Vaccine operations Central Provinces 1886-1899 - 1886-1899
Year: 1886
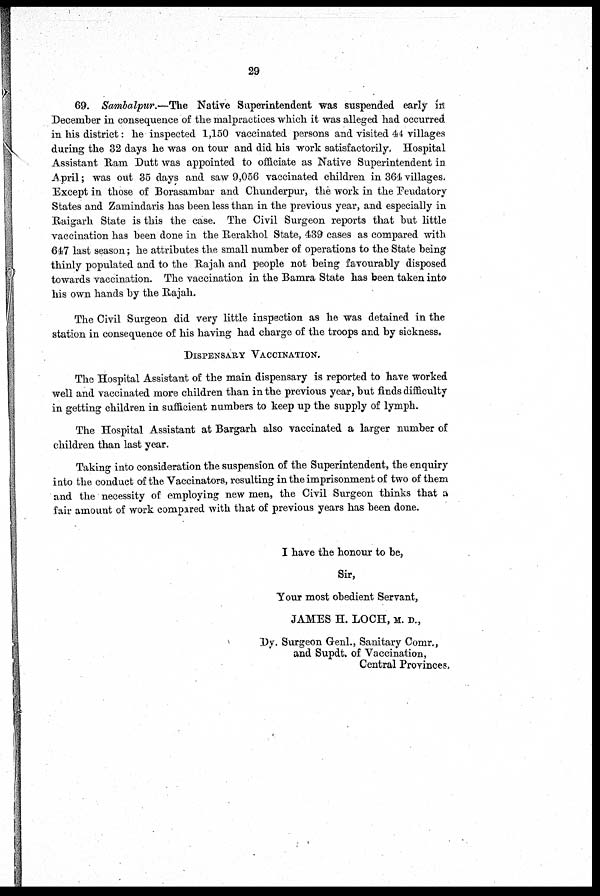
29
69. Sambalpur.—The Native Superintendent was suspended early in
December in consequence of the malpractices which it was alleged had occurred
in his district: he inspected 1,150 vaccinated persons and visited 44 villages
during the 32 days he was on tour and did his work satisfactorily. Hospital
Assistant Ram Dutt was appointed to officiate as Native Superintendent in
April; was out 35 days and saw 9,056 vaccinated children in 364 villages.
Except in those of Borasambar and Chunderpur, the work in the Feudatory
States and Zamindaris has been less than in the previous year, and especially in
Raigarh State is this the case. The Civil Surgeon reports that but little
vaccination has been done in the Rerakhol State, 439 cases as compared with
647 last season; he attributes the small number of operations to the State being
thinly populated and to the Rajah and people not being favourably disposed
towards vaccination. The vaccination in the Bamra State has been taken into
his own hands by the Rajah.
The Civil Surgeon did very little inspection as he was detained in the
station in consequence of his having had charge of the troops and by sickness.
DISPENSARY VACCINATION.
The Hospital Assistant of the main dispensary is reported to have worked
well and vaccinated more children than in the previous year, but finds difficulty
in getting children in sufficient numbers to keep up the supply of lymph.
The Hospital Assistant at Bargarh also vaccinated a larger number of
children than last year.
Taking into consideration the suspension of the Superintendent, the enquiry
into the conduct of the Vaccinators, resulting in the imprisonment of two of them
and the necessity of employing new men, the Civil Surgeon thinks that a
fair amount of work compared with that of previous years has been done.
I have the honour to be,
Sir,
Your most obedient Servant,
JAMES H. LOCH, M. D.,
Dy. Surgeon Genl., Sanitary Comr.,
and Supdt. of Vaccination,
Central Provinces.